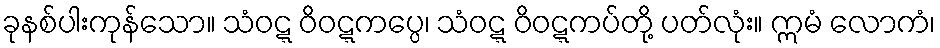
ခုနစ်ပါးကုန်သော။ သံဝဋ္ဋ ဝိဝဋ္ဋကပ္ပေ၊ သံဝဋ္ဋ ဝိဝဋ္ဋကပ်တို့ ပတ်လုံး။ ဣမံ လောကံ၊